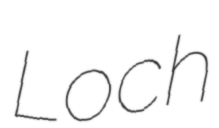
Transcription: Loch